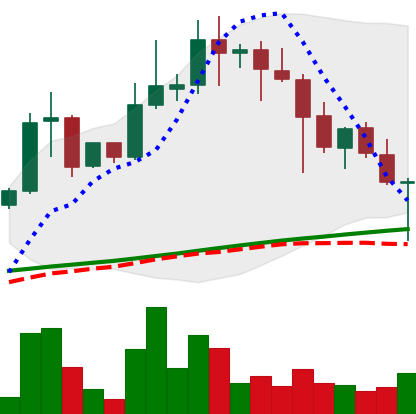
Ticker: XLM-USD
Chart end date: 2021-04-23
Forward return: 10.303%
Label: up_7plus